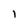
Character: 1